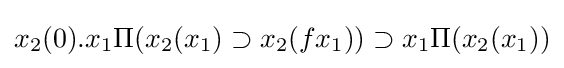
x_{2}(0).x_{1}\Pi (x_{2}(x_{1})\supset x_{2}(fx_{1}))\supset x_{1}\Pi (x_{2}(x_{1}))